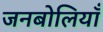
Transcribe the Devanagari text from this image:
जनबोलियाँ